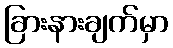
ခြားနားချက်မှာ